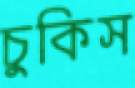
চুকিস